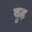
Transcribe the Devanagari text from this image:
बु़ढ़